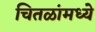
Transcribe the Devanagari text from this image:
चितळांमध्ये